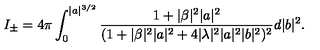
I _ { \pm } = 4 \pi \int _ { 0 } ^ { \vert a \vert ^ { 3 / 2 } } \frac { 1 + \vert \beta \vert ^ { 2 } \vert a \vert ^ { 2 } } { ( 1 + \vert \beta \vert ^ { 2 } \vert a \vert ^ { 2 } + 4 \vert \lambda \vert ^ { 2 } \vert a \vert ^ { 2 } \vert b \vert ^ { 2 } ) ^ { 2 } } d \vert b \vert ^ { 2 } .